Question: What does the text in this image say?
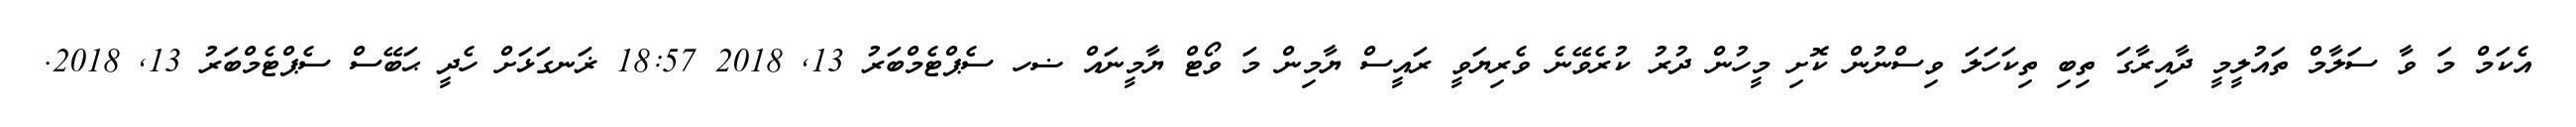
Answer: އެކަމް މަ ވާ ސަލާމް ތައުލީމީ ދާއިރާގަ ތިބި ތިކަހަލަ ވިސްނުން ކޮށި މީހުން ދުރު ކުރެވޭނެ ވެރިޔަވީ ރައީސް ޔާމިން މަ ވޯޓް ޔާމީނައް ޟހ ސެޕްޓެމްބަރު 13, 2018 18:57 ޜަނގަޅަށް ހެދީ ޙަބޭސް ސެޕްޓެމްބަރު 13, 2018.